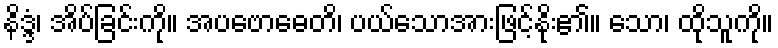
နိဒ္ဒံ၊ အိပ်ခြင်းကို။ အပဗောဓေတိ၊ ပယ်သောအားဖြင့်နိုး၏။ သော၊ ထိုသူကို။